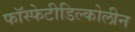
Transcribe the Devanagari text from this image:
फॉस्फेटीडिल्कोलीन